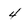
Character: 4